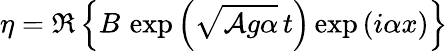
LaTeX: \eta=\Re\left\{ B\, \exp\left({\sqrt{{\mathcal{A}}g\alpha}}\, t\right)\exp\left(i\alpha x\right)\right\}